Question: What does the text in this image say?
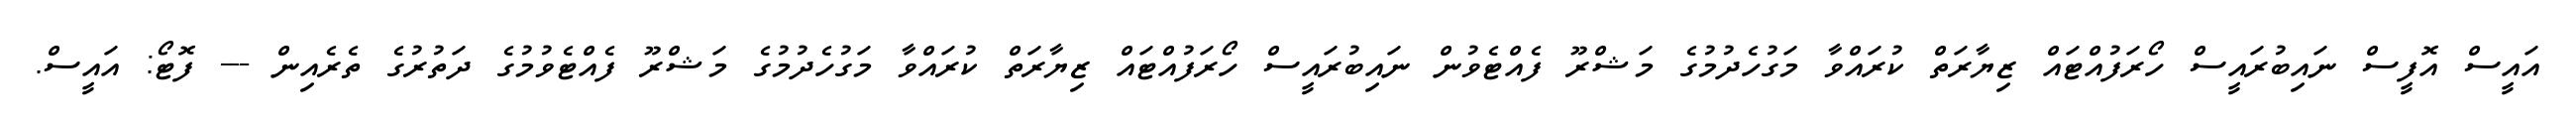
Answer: އައީސް އޮފީސް ނައިބުރައީސް ހޯރަފުއްޓައް ޒިޔާރަތް ކުރައްވާ މަގުހެދުމުގެ މަޝްރޫ ފެއްޓެވުން ނައިބުރައީސް ހޯރަފުއްޓައް ޒިޔާރަތް ކުރައްވާ މަގުހެދުމުގެ މަޝްރޫ ފެއްޓެވުމުގެ ދަތުރުގެ ތެރެއިން --- ފޮޓޯ: އައީސް.